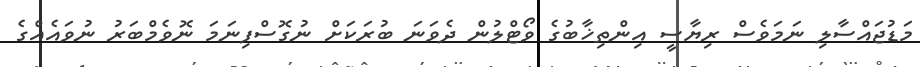
މަޑުޖައްސާލި ނަމަވެސް ރިޔާސީ އިންތިޚާބުގެ ވޯޓްލުން ދެވަނަ ބުރަކަށް ނުގޮސްފިނަމަ ނޮވެމްބަރު ނުވައެއްގެ